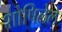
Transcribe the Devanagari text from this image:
शोषिलेले